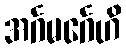
အင်္ဂမင်္ဂေဟိ